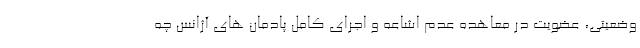
وضعیتی، عضویت در معاهده عدم اشاعه و اجرای کامل پادمان های آژانس چه